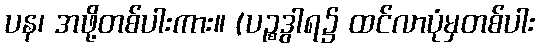
ပန၊ အဖို့တစ်ပါးကား။ (ပဉ္စဒွါရ၌ ထင်လာပုံမှတစ်ပါး